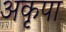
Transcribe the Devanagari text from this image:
अकृपा